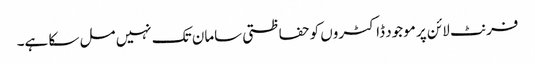
فرنٹ لائن پر موجود ڈاکٹروں کو حفاظتی سامان تک نہیں مل سکا ہے۔